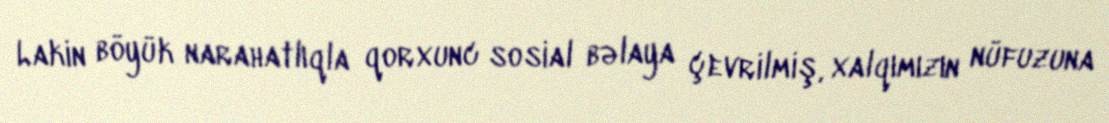
Lakin böyük narahatlıqla qorxunc sosial bəlaya çevrilmiş, xalqımızın nüfuzuna